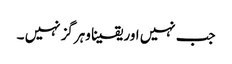
جب نہیں اور یقینا وہرگز نہیں ۔